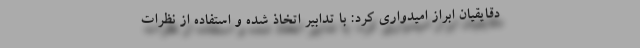
دقایقیان ابراز امیدواری کرد: با تدابیر اتخاذ شده و استفاده از نظرات